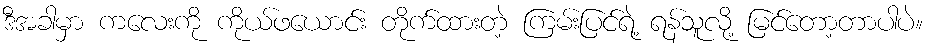
ဒီအခါမှာ ကလေးကို ကိုယ်ဖယောင်း တိုက်ထားတဲ့ ကြမ်းပြင်ရဲ့ ရန်သူလို့ မြင်တော့တာပါပဲ။